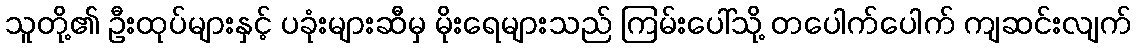
သူတို့၏ ဦးထုပ်များနှင့် ပခုံးများဆီမှ မိုးရေများသည် ကြမ်းပေါ်သို့ တပေါက်ပေါက် ကျဆင်းလျက်